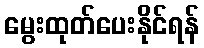
မွေးထုတ်ပေးနိုင်ရန်